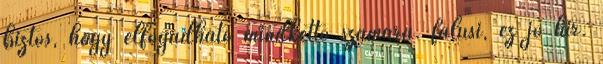
biztos, hogy elfogadható mindkettő számára. falusi, ez jó hír.